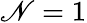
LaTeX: \mathscr{N}=1